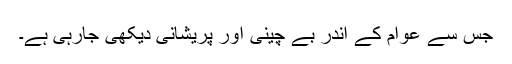
جس سے عوام کے اندر بے چینی اور پریشانی دیکھی جارہی ہے۔